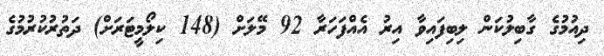
ދިއުމުގެ ގާބިލުކަން ލިބިފައިވާ އިރު އެއްފަހަރާ 92 މޭލަށް (148 ކިލޯމީޓަރަށް) ދަތުރުކުރުމުގެ